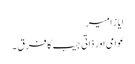
ایاز امیر
عوامی اور ذاتی جیب کا فرق ۔